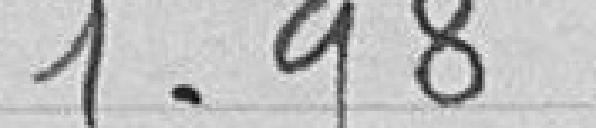
1.98